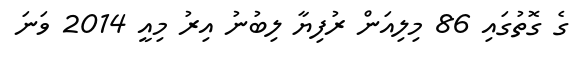
ގެ ގޮތުގައި 86 މިލިއަން ރުފިޔާ ލިބުނު އިރު މިއީ 2014 ވަނަ